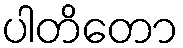
ပါတိတော